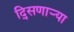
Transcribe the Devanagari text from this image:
दि्सणार्‍या